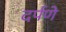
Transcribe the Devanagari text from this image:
दर्पणे